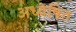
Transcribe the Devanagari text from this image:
अध्येषित